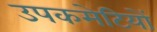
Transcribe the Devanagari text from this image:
उपकमेटियों